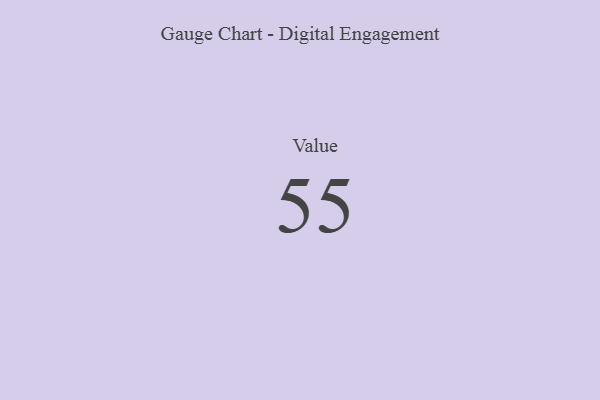
{"axis": {"x": "Metric", "y": "Value"}, "legend": [""], "data": [{"x": "Value", "y": 55, "type": ""}]}